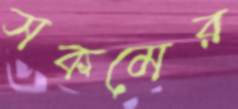
সকমের